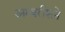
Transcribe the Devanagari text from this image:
अम्बरीशने